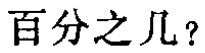
百分之几？